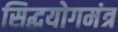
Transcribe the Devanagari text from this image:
सिद्धयोगमंत्र